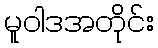
မူဝါဒအတိုင်း